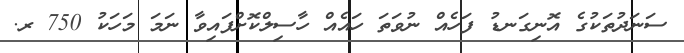
ސަނަދުތަކުގެ އޮނިގަނޑު ފަހެއް ނުވަތަ ހައެއް ހާސިލްކޮށްފައިވާ ނަމަ މަހަކު 750 ރ.